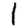
Digit: 1